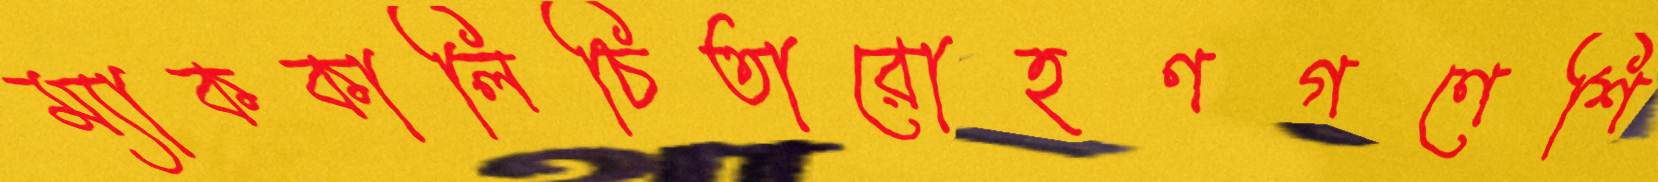
ম্যাককালিচিতারোহণগণেশি